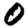
Digit: 0